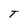
Character: T